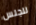
للجنس